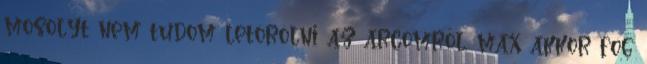
mosolyt nem tudom letörölni az arcomról, max akkor fog